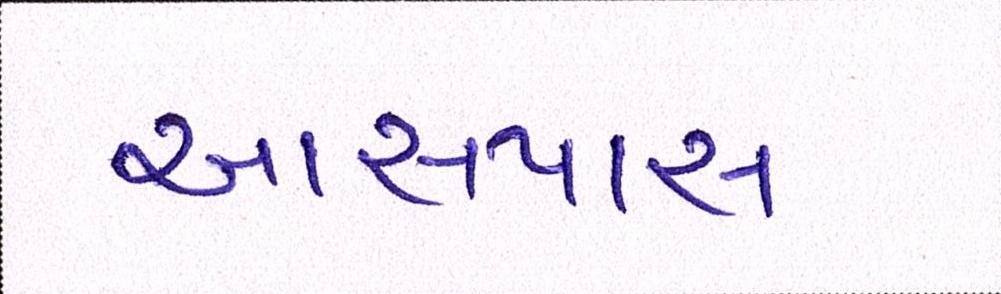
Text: આસપાસ